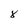
Character: 8